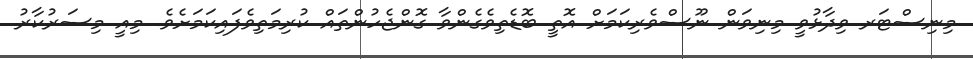
މިނިސްޓަރ ވިދާޅުވީ މިނިވަން ނޫސްވެރިކަމަށް އޮތީ ބޮޑެތިވެގެންވާ ގޮންޖެހުންތައް ކުރިމަތިވެފައިކަމަށެވެ. މިއީ މިސަރުކާރު